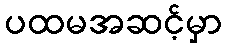
ပထမအဆင့်မှာ